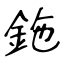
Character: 鉇